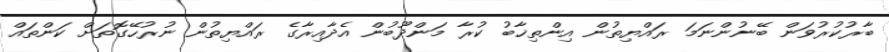
ބާރުކުރުވަން ބޭނުންނަމަ ރައްޔިތުން އިންތިޚާބު ކުރާ މަންދޫބުން އެދާއިރާގެ ރައްޔިތުން ނުރުހޭގޮތަށް ކަންތައް